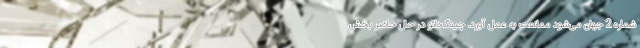
شماره 2 جهان می‌شود ممانعت به عمل آورد. چینگ‌دائو در حال حاضر بخش